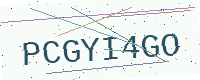
Text: PCGYI4GO